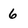
Character: 6